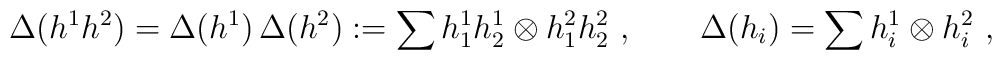
\Delta (h^1 h^2) = \Delta (h^1) \, \Delta(h^2) := \sum h_1^1 h^1_2\otimes h_1^2 h^2_2 ~,\qquad \Delta(h_i) = \sum h^1_i \otimes h^2_i~,